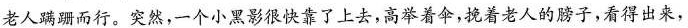
老人蹒跚而行。突然，一个小黑影很快靠了上去，高举着伞，挽着老人的膀子，看得出来，